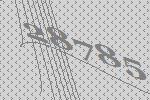
28785